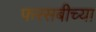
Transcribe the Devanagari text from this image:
फरसबीच्या